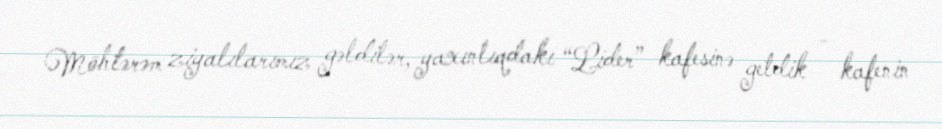
Möhtərəm ziyalılarımız gəldilər, yaxınlıqdakı “Lider” kafesinə getdik - kafenin